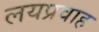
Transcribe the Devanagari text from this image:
लयप्रवाह